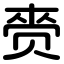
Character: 赍